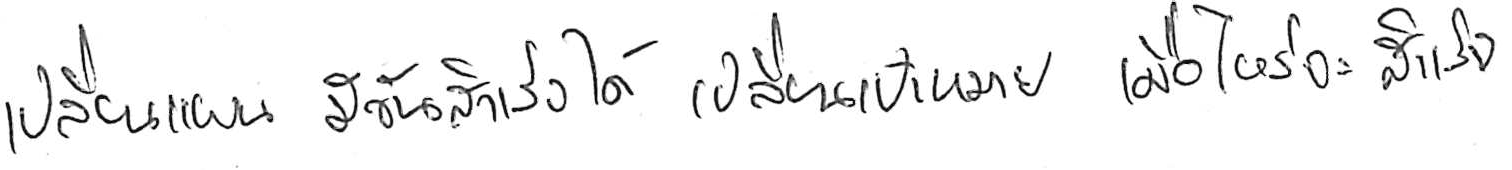
เปลี่ยนแผน มีวันสำเร็จได้ เปลี่ยนเป้าหมาย เมื่อไหร่จะสำเร็จ